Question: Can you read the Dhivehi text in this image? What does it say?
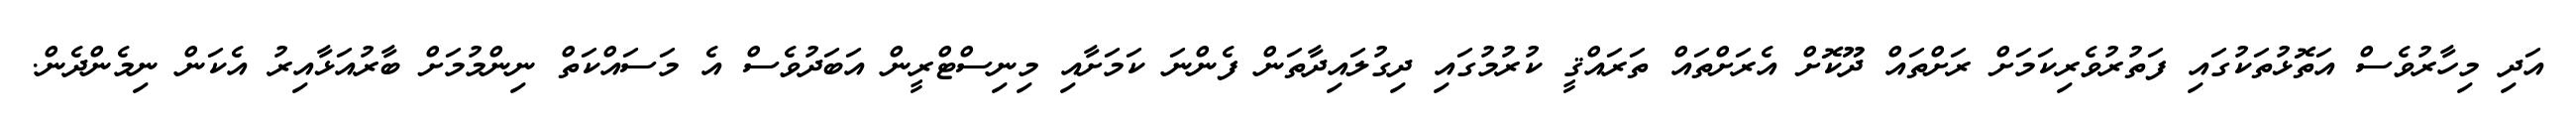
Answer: އަދި މިހާރުވެސް އަތޮޅުތަކުގައި ފަތުރުވެރިކަމަށް ރަށްތައް ދޫކޮށް އެރަށްތައް ތަރައްޤީ ކުރުމުގައި ދިގުލައިދާތަން ފެންނަ ކަމަށާއި މިނިސްޓްރީން އަބަދުވެސް އެ މަސައްކަތް ނިންމުމަށް ބާރުއަޅާއިރު އެކަން ނިމެންދެން.